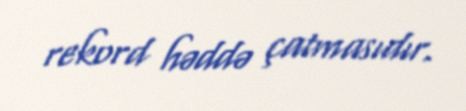
rekord həddə çatmasıdır.